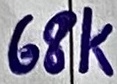
Text: 68K